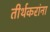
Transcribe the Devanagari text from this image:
तीर्थकरांना